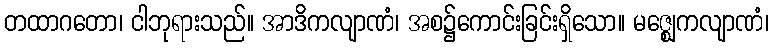
တထာဂတော၊ ငါဘုရားသည်။ အာဒိကလျာဏံ၊ အစ၌ကောင်းခြင်းရှိသော။ မဇ္ဈေကလျာဏံ၊